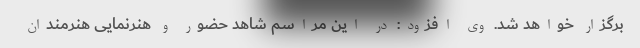
برگزار خواهد شد. وی افزود: در این مراسم شاهد حضور و هنرنمایی هنرمندان